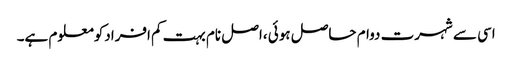
اسی سے شہرت دوام حاصل ہوئی ،اصل نام بہت کم افرادکومعلوم ہے۔